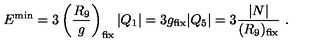
E ^ { \mathrm { m i n } } = 3 \left( { \frac { R _ { 9 } } { g } } \right) _ { \mathrm { f i x } } | Q _ { 1 } | = 3 g _ { \mathrm { f i x } } | Q _ { 5 } | = 3 { \frac { | N | } { ( R _ { 9 } ) _ { \mathrm { f i x } } } } \ .